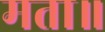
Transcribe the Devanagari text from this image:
मता॥